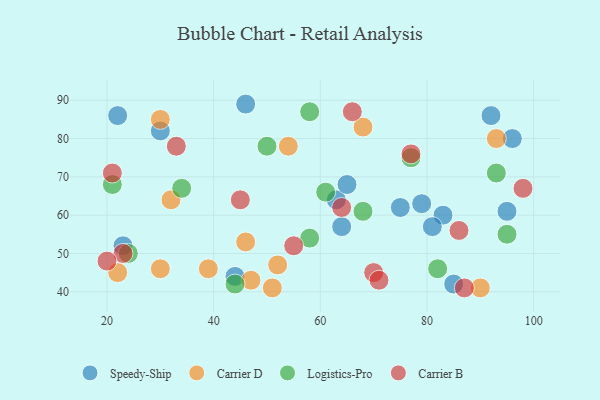
{"axis": {"x": "GDP", "y": "Life Expectancy"}, "legend": ["Carrier B", "Carrier D", "Logistics-Pro", "Speedy-Ship"], "data": [{"x": "79", "y": 63, "type": "Speedy-Ship"}, {"x": "83", "y": 60, "type": "Speedy-Ship"}, {"x": "95", "y": 61, "type": "Speedy-Ship"}, {"x": "92", "y": 86, "type": "Speedy-Ship"}, {"x": "44", "y": 44, "type": "Speedy-Ship"}, {"x": "96", "y": 80, "type": "Speedy-Ship"}, {"x": "22", "y": 86, "type": "Speedy-Ship"}, {"x": "30", "y": 82, "type": "Speedy-Ship"}, {"x": "75", "y": 62, "type": "Speedy-Ship"}, {"x": "81", "y": 57, "type": "Speedy-Ship"}, {"x": "64", "y": 57, "type": "Speedy-Ship"}, {"x": "85", "y": 42, "type": "Speedy-Ship"}, {"x": "63", "y": 64, "type": "Speedy-Ship"}, {"x": "46", "y": 89, "type": "Speedy-Ship"}, {"x": "23", "y": 52, "type": "Speedy-Ship"}, {"x": "65", "y": 68, "type": "Speedy-Ship"}, {"x": "22", "y": 45, "type": "Carrier D"}, {"x": "39", "y": 46, "type": "Carrier D"}, {"x": "47", "y": 43, "type": "Carrier D"}, {"x": "68", "y": 83, "type": "Carrier D"}, {"x": "54", "y": 78, "type": "Carrier D"}, {"x": "30", "y": 85, "type": "Carrier D"}, {"x": "90", "y": 41, "type": "Carrier D"}, {"x": "46", "y": 53, "type": "Carrier D"}, {"x": "30", "y": 46, "type": "Carrier D"}, {"x": "93", "y": 80, "type": "Carrier D"}, {"x": "52", "y": 47, "type": "Carrier D"}, {"x": "32", "y": 64, "type": "Carrier D"}, {"x": "51", "y": 41, "type": "Carrier D"}, {"x": "82", "y": 46, "type": "Logistics-Pro"}, {"x": "58", "y": 54, "type": "Logistics-Pro"}, {"x": "77", "y": 75, "type": "Logistics-Pro"}, {"x": "34", "y": 67, "type": "Logistics-Pro"}, {"x": "93", "y": 71, "type": "Logistics-Pro"}, {"x": "50", "y": 78, "type": "Logistics-Pro"}, {"x": "21", "y": 68, "type": "Logistics-Pro"}, {"x": "58", "y": 87, "type": "Logistics-Pro"}, {"x": "68", "y": 61, "type": "Logistics-Pro"}, {"x": "24", "y": 50, "type": "Logistics-Pro"}, {"x": "61", "y": 66, "type": "Logistics-Pro"}, {"x": "44", "y": 42, "type": "Logistics-Pro"}, {"x": "95", "y": 55, "type": "Logistics-Pro"}, {"x": "98", "y": 67, "type": "Carrier B"}, {"x": "45", "y": 64, "type": "Carrier B"}, {"x": "70", "y": 45, "type": "Carrier B"}, {"x": "77", "y": 76, "type": "Carrier B"}, {"x": "66", "y": 87, "type": "Carrier B"}, {"x": "23", "y": 50, "type": "Carrier B"}, {"x": "33", "y": 78, "type": "Carrier B"}, {"x": "64", "y": 62, "type": "Carrier B"}, {"x": "87", "y": 41, "type": "Carrier B"}, {"x": "55", "y": 52, "type": "Carrier B"}, {"x": "71", "y": 43, "type": "Carrier B"}, {"x": "20", "y": 48, "type": "Carrier B"}, {"x": "21", "y": 71, "type": "Carrier B"}, {"x": "86", "y": 56, "type": "Carrier B"}]}